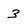
Character: 3